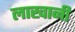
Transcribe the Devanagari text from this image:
लाखानी